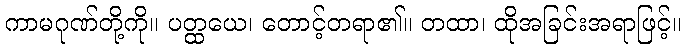
ကာမဂုဏ်တို့ကို။ ပတ္ထယေ၊ တောင့်တရာ၏။ တထာ၊ ထိုအခြင်းအရာဖြင့်။